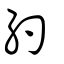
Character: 約